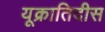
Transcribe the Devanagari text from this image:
यूक्रातिदीस